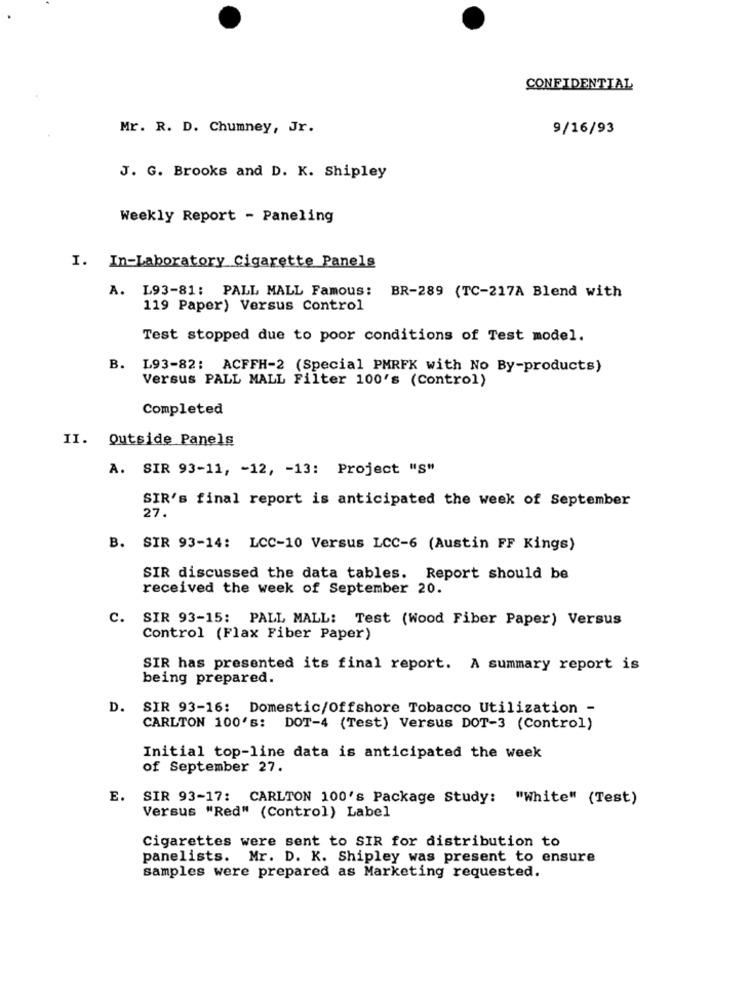
CONFIDENTIAL
Mr. R. D. Chumney, Jr.
9/16/93
J. G. Brooks and D. K. Shipley
Weekly Report - Paneling
I. In-Laboratory Cigarette Panels
A. L93-81: PALL MALL Famous: BR-289 (TC-217A Blend with
119 Paper) Versus Control
Test stopped due to poor conditions of Test model.
B. L93-82: ACFFH-2 (Special PMRFK with No By-products)
Versus PALL MALL Filter 100's (Control)
Completed
II. Outside Panels
A. SIR 93-11, - 12, - 13: Project "S"
SIR's final report is anticipated the week of September
27.
B. SIR 93-14: LCC-10 Versus LCC-6 (Austin FF Kings)
SIR discussed the data tables. Report should be
received the week of September 20.
C. SIR 93-15: PALL MALL: Test (Wood Fiber Paper) Versus
Control (Flax Fiber Paper)
SIR has presented its final report. A summary report is
being prepared.
D.
SIR 93-16: Domestic/Offshore Tobacco Utilization -
CARLTON 100's: DOT-4 (Test) Versus DOT-3 (Control)
Initial top-line data is anticipated the week
of September 27.
E. SIR 93-17: CARLTON 100's Package Study: "White" (Test)
Versus "Red" (Control) Label
Cigarettes were sent to SIR for distribution to
panelists. Mr. D. K. Shipley was present to ensure
samples were prepared as Marketing requested.